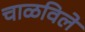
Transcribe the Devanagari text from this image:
चाळविले